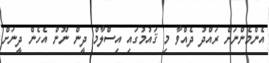
އެންމެންނަށް ރައްދު ދެއްވާ މި ޤައުމުގައި އިސްލާމް ދީން ނޫން އެހެން ދީނަށް